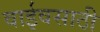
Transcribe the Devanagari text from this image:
वाईवसाठी